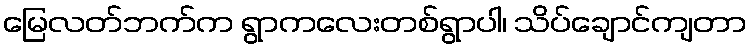
မြေလတ်ဘက်က ရွာကလေးတစ်ရွာပါ၊ သိပ်ချောင်ကျတာ